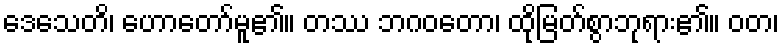
ဒေသေတိ၊ ဟောတော်မူ၏။ တဿ ဘဂဝတော၊ ထိုမြတ်စွာဘုရား၏။ ဝတ၊